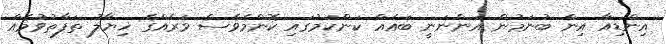
އިންޑިއާ އިން ބުނަމުން އަންނަނީ ބައެއް ކަންކަމުގައި ކޮންމެވެސް ވަރެއްގެ ޚިޔާލު ތަފާތުވުމެއް